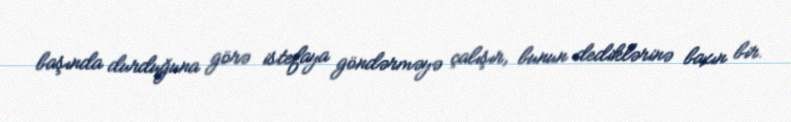
başında durduğuna görə istefaya göndərməyə çalışır, bunun dediklərinə baxın bir.